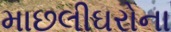
માછલીઘરોના